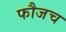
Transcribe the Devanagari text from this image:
फौजच